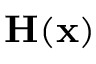
{ \bf H } ( { \bf x } )